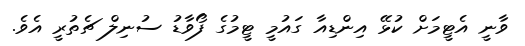
ވާނީ އެޓީމަށް ކުޅޭ އިންޑިއާ ގައުމީ ޓީމުގެ ފޯވާޑު ސުނިލް ޗެތުރީ އެވެ.